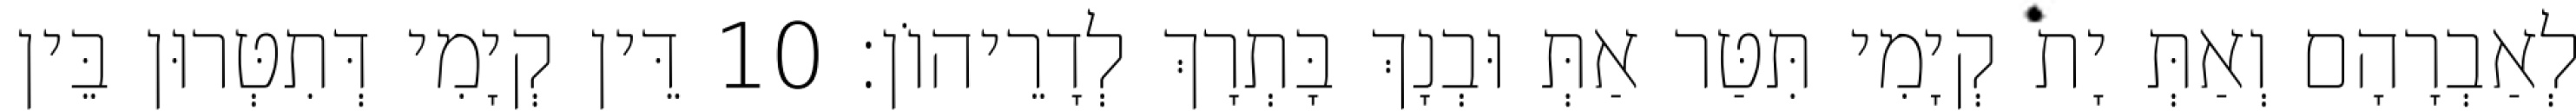
לְאַבְרָהָם וְאַתְּ יָת קְיָמִי תִּטַּר אַתְּ וּבְנָךְ בָּתְרָךְ לְדָרֵיהוֹן׃ 10 דֵּין קְיָמִי דְּתִטְּרוּן בֵּין